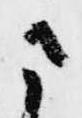
さ